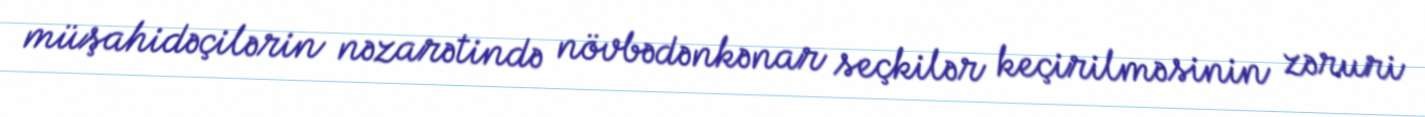
müşahidəçilərin nəzarətində növbədənkənar seçkilər keçirilməsinin zəruri